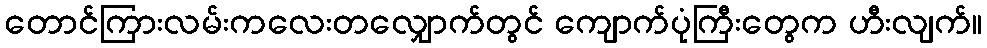
တောင်ကြားလမ်းကလေးတလျှောက်တွင် ကျောက်ပုံကြီးတွေက ဟီးလျက်။